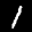
Label: 1